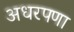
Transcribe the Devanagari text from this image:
अधरपणा